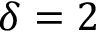
\delta = 2